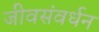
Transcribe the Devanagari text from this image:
जीवसंवर्धन